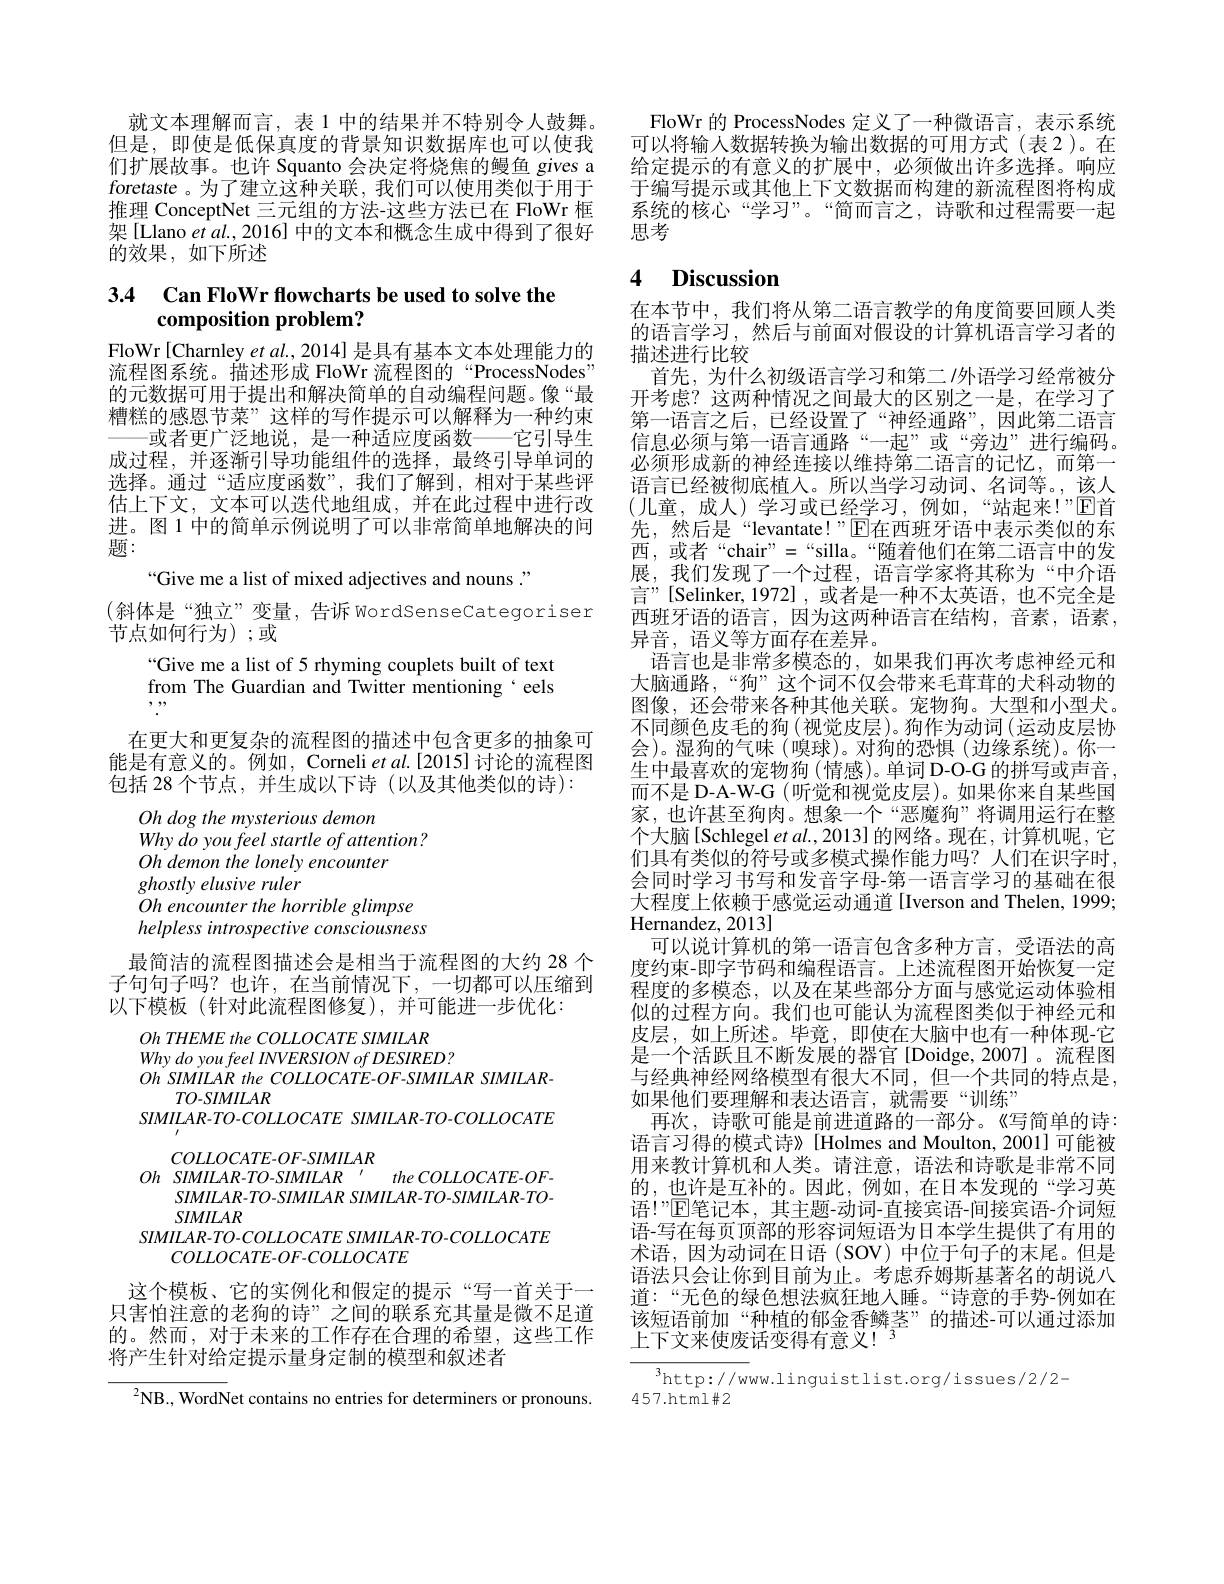
就文本理解而言，表 1 中的结果并不特别令人鼓舞。但是，即使是低保真度的背景知识数据库也可以使我们扩展故事。也许 Squanto 会决定将烧焦的鳗鱼 gives a foretaste 。为了建立这种关联，我们可以使用类似于用于推理 ConceptNet 三元组的方法-这些方法已在 FloWr 框架[Llano et al., 2016] 中的文本和概念生成中得到了很好的效果，如下所述

## 3.4 $\textbf{Can FloWr flowcharts be used to solve the}$ composition problem?

FloWr[Charnley et al., 2014] 是具有基本文本处理能力的流程图系统。描述形成 FloWr 流程图的“ProcessNodes” 的元数据可用于提出和解决简单的自动编程问题。像“最糟糕的感恩节菜”这样的写作提示可以解释为一种约束——或者更广泛地说，是一种适应度函数——它引导生成过程，并逐渐引导功能组件的选择，最终引导单词的选择。通过“适应度函数”,我们了解到，相对于某些评估上下文，文本可以迭代地组成，并在此过程中进行改进。图 1 中的简单示例说明了可以非常简单地解决的问题：
“Give me a list of mixed adjectives and nouns "
(斜体是“独立”变量，告诉 WordSenseCategoriser
节点如何行为);或
“Give me a list of 5 rhyming couplets built of text from The Guardian and Twitter mentioning`eels $\begin{array}{c},,,,,,\\.\end{array}$
在更大和更复杂的流程图的描述中包含更多的抽象可能是有意义的。例如，Corneli et al.[2015] 讨论的流程图包括 28 个节点，并生成以下诗 (以及其他类似的诗):
Oh dog the mysterious demon
Why do you feel startle of attention?
Oh demon the lonely encounter
ghostly elusive ruler
Oh encounter the horrible glimpse helpless introspective consciousness 最简洁的流程图描述会是相当于流程图的大约 28 个子句句子吗？也许，在当前情况下，一切都可以压缩到以下模板(针对此流程图修复),并可能进一步优化：
OhTHEMEtheCOLLOCATESIMILAR
Why do you feel INVERSION of DESIRED ?
OhSIMILAR the COLLOCATE-OF-SIMILAR SIMILAR-
$TO-SIMILAR$
$SIMILAR-TO-COLLOCATE$ SIMILAR-TO-COLLOCATE
$COLLOCATE-OF-SIMILAR$
$Oh$ $SIMILAR- TO- SIMILAR\:^{\prime }the$ $COLLOCATE- OF-$
SIMILAR-TO-SIMILAR SIMILAR-TO-SIMILAR-TO-
$SIMILAR$
$SIMILAR- TO- COLLOCATE$ $SIMILAR- TO- COLLOCATE$
$COLLOCATE-OF-COLLOCATE$
这个模板、它的实例化和假定的提示“写一首关于一只害怕注意的老狗的诗”之间的联系充其量是微不足道的。然而，对于未来的工作存在合理的希望，这些工作将产生针对给定提示量身定制的模型和叙述者
$^{2}$NB., WordNet contains no entries for determiners or pronouns.

FloWr 的 ProcessNodes 定义了一种微语言，表示系统可以将输入数据转换为输出数据的可用方式(表2)。在给定提示的有意义的扩展中，必须做出许多选择。响应于编写提示或其他上下文数据而构建的新流程图将构成系统的核心“学习”。“简而言之，诗歌和过程需要一起思考

# 4 Discussion

在本节中，我们将从第二语言教学的角度简要回顾人类的语言学习，然后与前面对假设的计算机语言学习者的描述进行比较
首先，为什么初级语言学习和第二/外语学习经常被分开考虑？这两种情况之间最大的区别之一是，在学习了第一语言之后，已经设置了“神经通路”,因此第二语言信息必须与第一语言通路“一起”或“旁边”进行编码。必须形成新的神经连接以维持第二语言的记忆，而第一语言已经被彻底植入。所以当学习动词、名词等。,该人(儿童，成人)学习或已经学习，例如，“站起来！”$\overline{\mathrm{E}}$首先，然后是“levantate!”[E在西班牙语中表示类似的东西，或者“chair”=“silla。“随着他们在第二语言中的发展，我们发现了一个过程，语言学家将其称为“中介语言”[Selinker,1972],或者是一种不太英语，也不完全是西班牙语的语言，因为这两种语言在结构，音素，语素， 异音，语义等方面存在差异。
语言也是非常多模态的，如果我们再次考虑神经元和大脑通路，“狗”这个词不仅会带来毛茸茸的犬科动物的图像，还会带来各种其他关联。宠物狗。大型和小型犬。不同颜色皮毛的狗(视觉皮层)。狗作为动词(运动皮层协会)。湿狗的气味(嗅球)。对狗的恐惧(边缘系统)。你一生中最喜欢的宠物狗(情感)。单词 D-O-G 的拼写或声音， 而不是 D-A-W-G (听觉和视觉皮层)。如果你来自某些国家，也许甚至狗肉。想象一个“恶魔狗”将调用运行在整个大脑[Schlegel et al., 2013] 的网络。现在，计算机呢，它们具有类似的符号或多模式操作能力吗？人们在识字时， 会同时学习书写和发音字母-第一语言学习的基础在很大程度上依赖于感觉运动通道[Iverson and Thelen, 1999; Hernandez, 2013]
可以说计算机的第一语言包含多种方言，受语法的高度约束-即字节码和编程语言。上述流程图开始恢复一定程度的多模态，以及在某些部分方面与感觉运动体验相似的过程方向。我们也可能认为流程图类似于神经元和皮层，如上所述。毕竟，即使在大脑中也有一种体现-它是一个活跃且不断发展的器官[Doidge,2007]。流程图与经典神经网络模型有很大不同，但一个共同的特点是， 如果他们要理解和表达语言，就需要“训练”
再次，诗歌可能是前进道路的一部分。《写简单的诗： 语言习得的模式诗》[Holmes and Moulton, 2001]可能被用来教计算机和人类。请注意，语法和诗歌是非常不同的，也许是互补的。因此，例如，在日本发现的“学习英语！”$\mathbb{E}$笔记本，其主题-动词-直接宾语-间接宾语-介词短语-写在每页顶部的形容词短语为日本学生提供了有用的术语，因为动词在日语(SOV)中位于句子的末尾。但是语法只会让你到目前为止。考虑乔姆斯基著名的胡说八道：“无色的绿色想法疯狂地人睡。“诗意的手势-例如在该短语前加“种植的郁金香鳞茎”的描述-可以通过添加上下文来使废话变得有意义！$^{3}$

$^{3}$http://www.linguistlist.org/issues/2/2-
457.html$\#2$